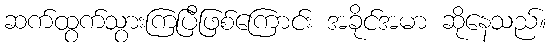
ဆက်ထွက်သွားကြပြီဖြစ်ကြောင်း အခိုင်အမာ ဆိုနေသည်။